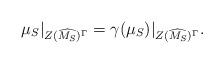
LaTeX: \begin{align*}\mu_S|_{Z(\widehat{M_S})^{\Gamma}}=\gamma(\mu_S)|_{Z(\widehat{M_S})^{\Gamma}}.\end{align*}